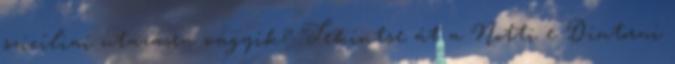
szicíliai utazásra vágyik? Tekintse át a Notti e Dintorni